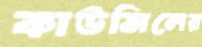
কাউন্সিলের